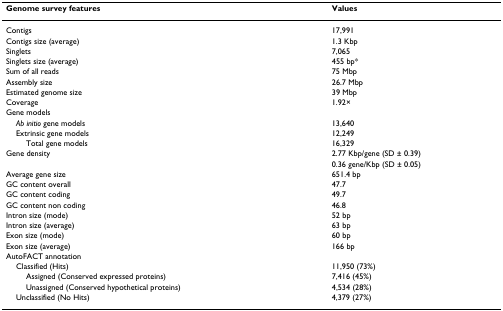
| Genome survey features | Values |
 | --- | --- |
 | Contigs | 17,991 |
 | Contigs size (average) | 1.3 Kbp |
 | Singlets | 7,065 |
 | Singlets size (average) | 455 bp* |
 | Sum of all reads | 75 Mbp |
 | Assembly size | 26.7 Mbp |
 | Estimated genome size | 39 Mbp |
 | Coverage | 1.92× |
 | Gene models |  |
 | Ab initio gene models | 13,640 |
 | Extrinsic gene models | 12,249 |
 | Total gene models | 16,329 |
 | Gene density | 2.77 Kbp/gene (SD ± 0.39) |
 |  | 0.36 gene/Kbp (SD ± 0.05) |
 | Average gene size | 651.4 bp |
 | GC content overall | 47.7 |
 | GC content coding | 49.7 |
 | GC content non coding | 46.8 |
 | Intron size (mode) | 52 bp |
 | Intron size (average) | 63 bp |
 | Exon size (mode) | 60 bp |
 | Exon size (average) | 166 bp |
 | AutoFACT annotation |  |
 | Classified (Hits) | 11,950 (73%) |
 | Assigned (Conserved expressed proteins) | 7,416 (45%) |
 | Unassigned (Conserved hypothetical proteins) | 4,534 (28%) |
 | Unclassified (No Hits) | 4,379 (27%) |